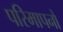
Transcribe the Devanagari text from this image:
परिमापनों